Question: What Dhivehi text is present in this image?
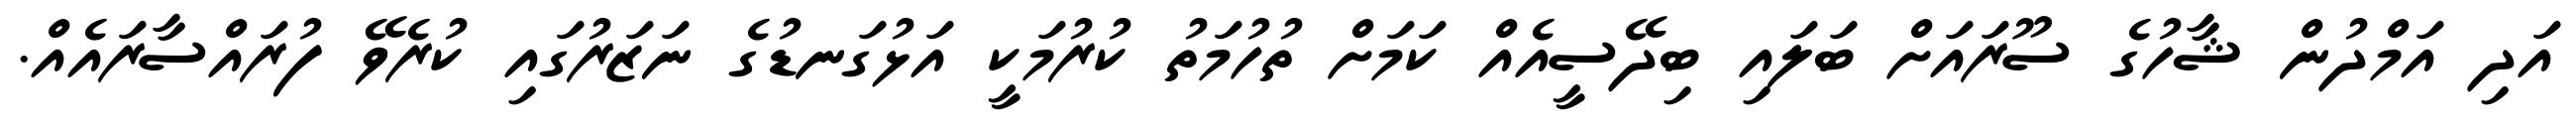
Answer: އަދި އަމްދުން ޝާހުގެ ސޫރައަށް ބަލައި ބިދޭސީއެއް ކަމަށް ތުހުމަތު ކުރުމަކީ އަޅުގަނޑުގެ ނަޒަރުގައި ކުރެވޭ ފުރައްސާރައެއް.